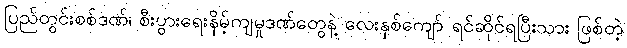
ပြည်တွင်းစစ်ဒဏ်၊ စီးပွားရေးနိမ့်ကျမှုဒဏ်တွေနဲ့ လေးနှစ်ကျော် ရင်ဆိုင်ရပြီးသား ဖြစ်တဲ့